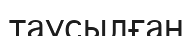
таусылған